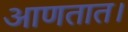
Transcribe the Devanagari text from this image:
आणतात।